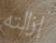
إزالته